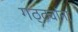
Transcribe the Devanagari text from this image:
गठ्ठ्यांना